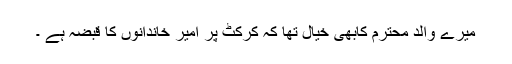
میرے والد محترم کابھی خیال تھا کہ کرکٹ پر امیر خاندانوں کا قبضہ ہے ۔